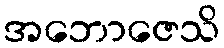
အဘောဇေသိ